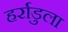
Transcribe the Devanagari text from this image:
हर्राडुला